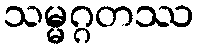
သမ္မဂ္ဂတဿ